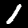
Label: 1